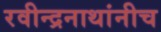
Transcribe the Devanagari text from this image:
रवीन्द्रनाथांनीच